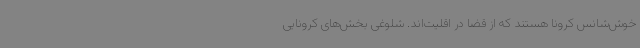
خوش‌شانس کرونا هستند که از قضا در اقلیت‌اند. شلوغی بخش‌های کرونایی